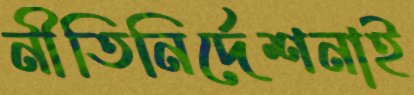
নীতিনির্দেশনাই